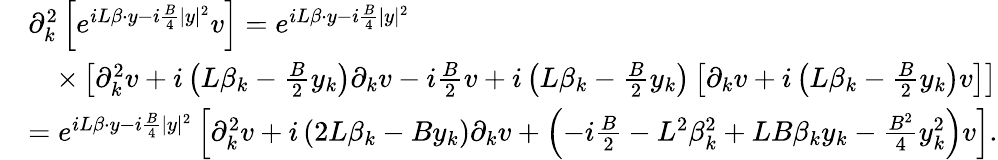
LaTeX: \begin{array}{rl}&{\partial_{k}^{2}\left[e^{iL\beta\cdot y-i\frac{B}{4}|y|^{2}}v\right]=e^{iL\beta\cdot y-i\frac{B}{4}|y|^{2}}}\\ &{\quad\times\left[\partial_{k}^{2}v+i\left(L\beta_{k}-\frac{B}{2}y_{k}\right)\partial_{k}v-i\frac{B}{2}v+i\left(L\beta_{k}-\frac{B}{2}y_{k}\right)\left[\partial_{k}v+i\left(L\beta_{k}-\frac{B}{2}y_{k}\right)v\right]\right]}\\ &{=e^{iL\beta\cdot y-i\frac{B}{4}|y|^{2}}\left[\partial_{k}^{2}v+i\left(2L\beta_{k}-By_{k}\right)\partial_{k}v+\left(-i\frac{B}{2}-L^{2}\beta_{k}^{2}+LB\beta_{k}y_{k}-\frac{B^{2}}{4}y_{k}^{2}\right)v\right].}\end{array}